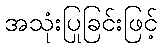
အသုံးပြုခြင်းဖြင့်